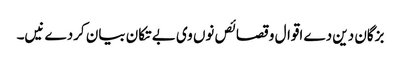
بزگان دین دے اقوال و قصائص نو‏‏ں وی بے تکان بیان کردے نیں۔